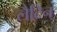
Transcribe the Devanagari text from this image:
लैटिन्